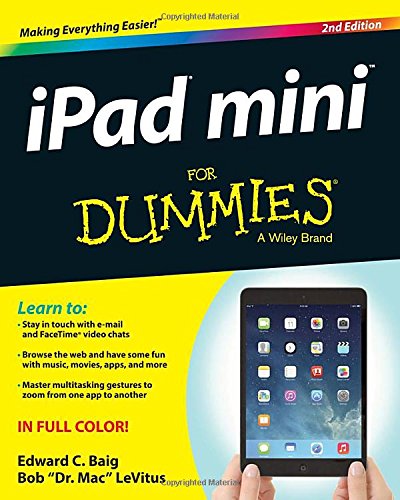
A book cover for iPad mini For Dummies; Edward C. Baig; Computers & Technology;